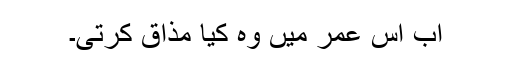
اب اس عمر میں وہ کیا مذاق کرتی۔